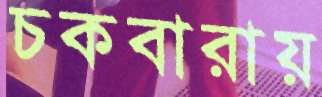
চকবারায়